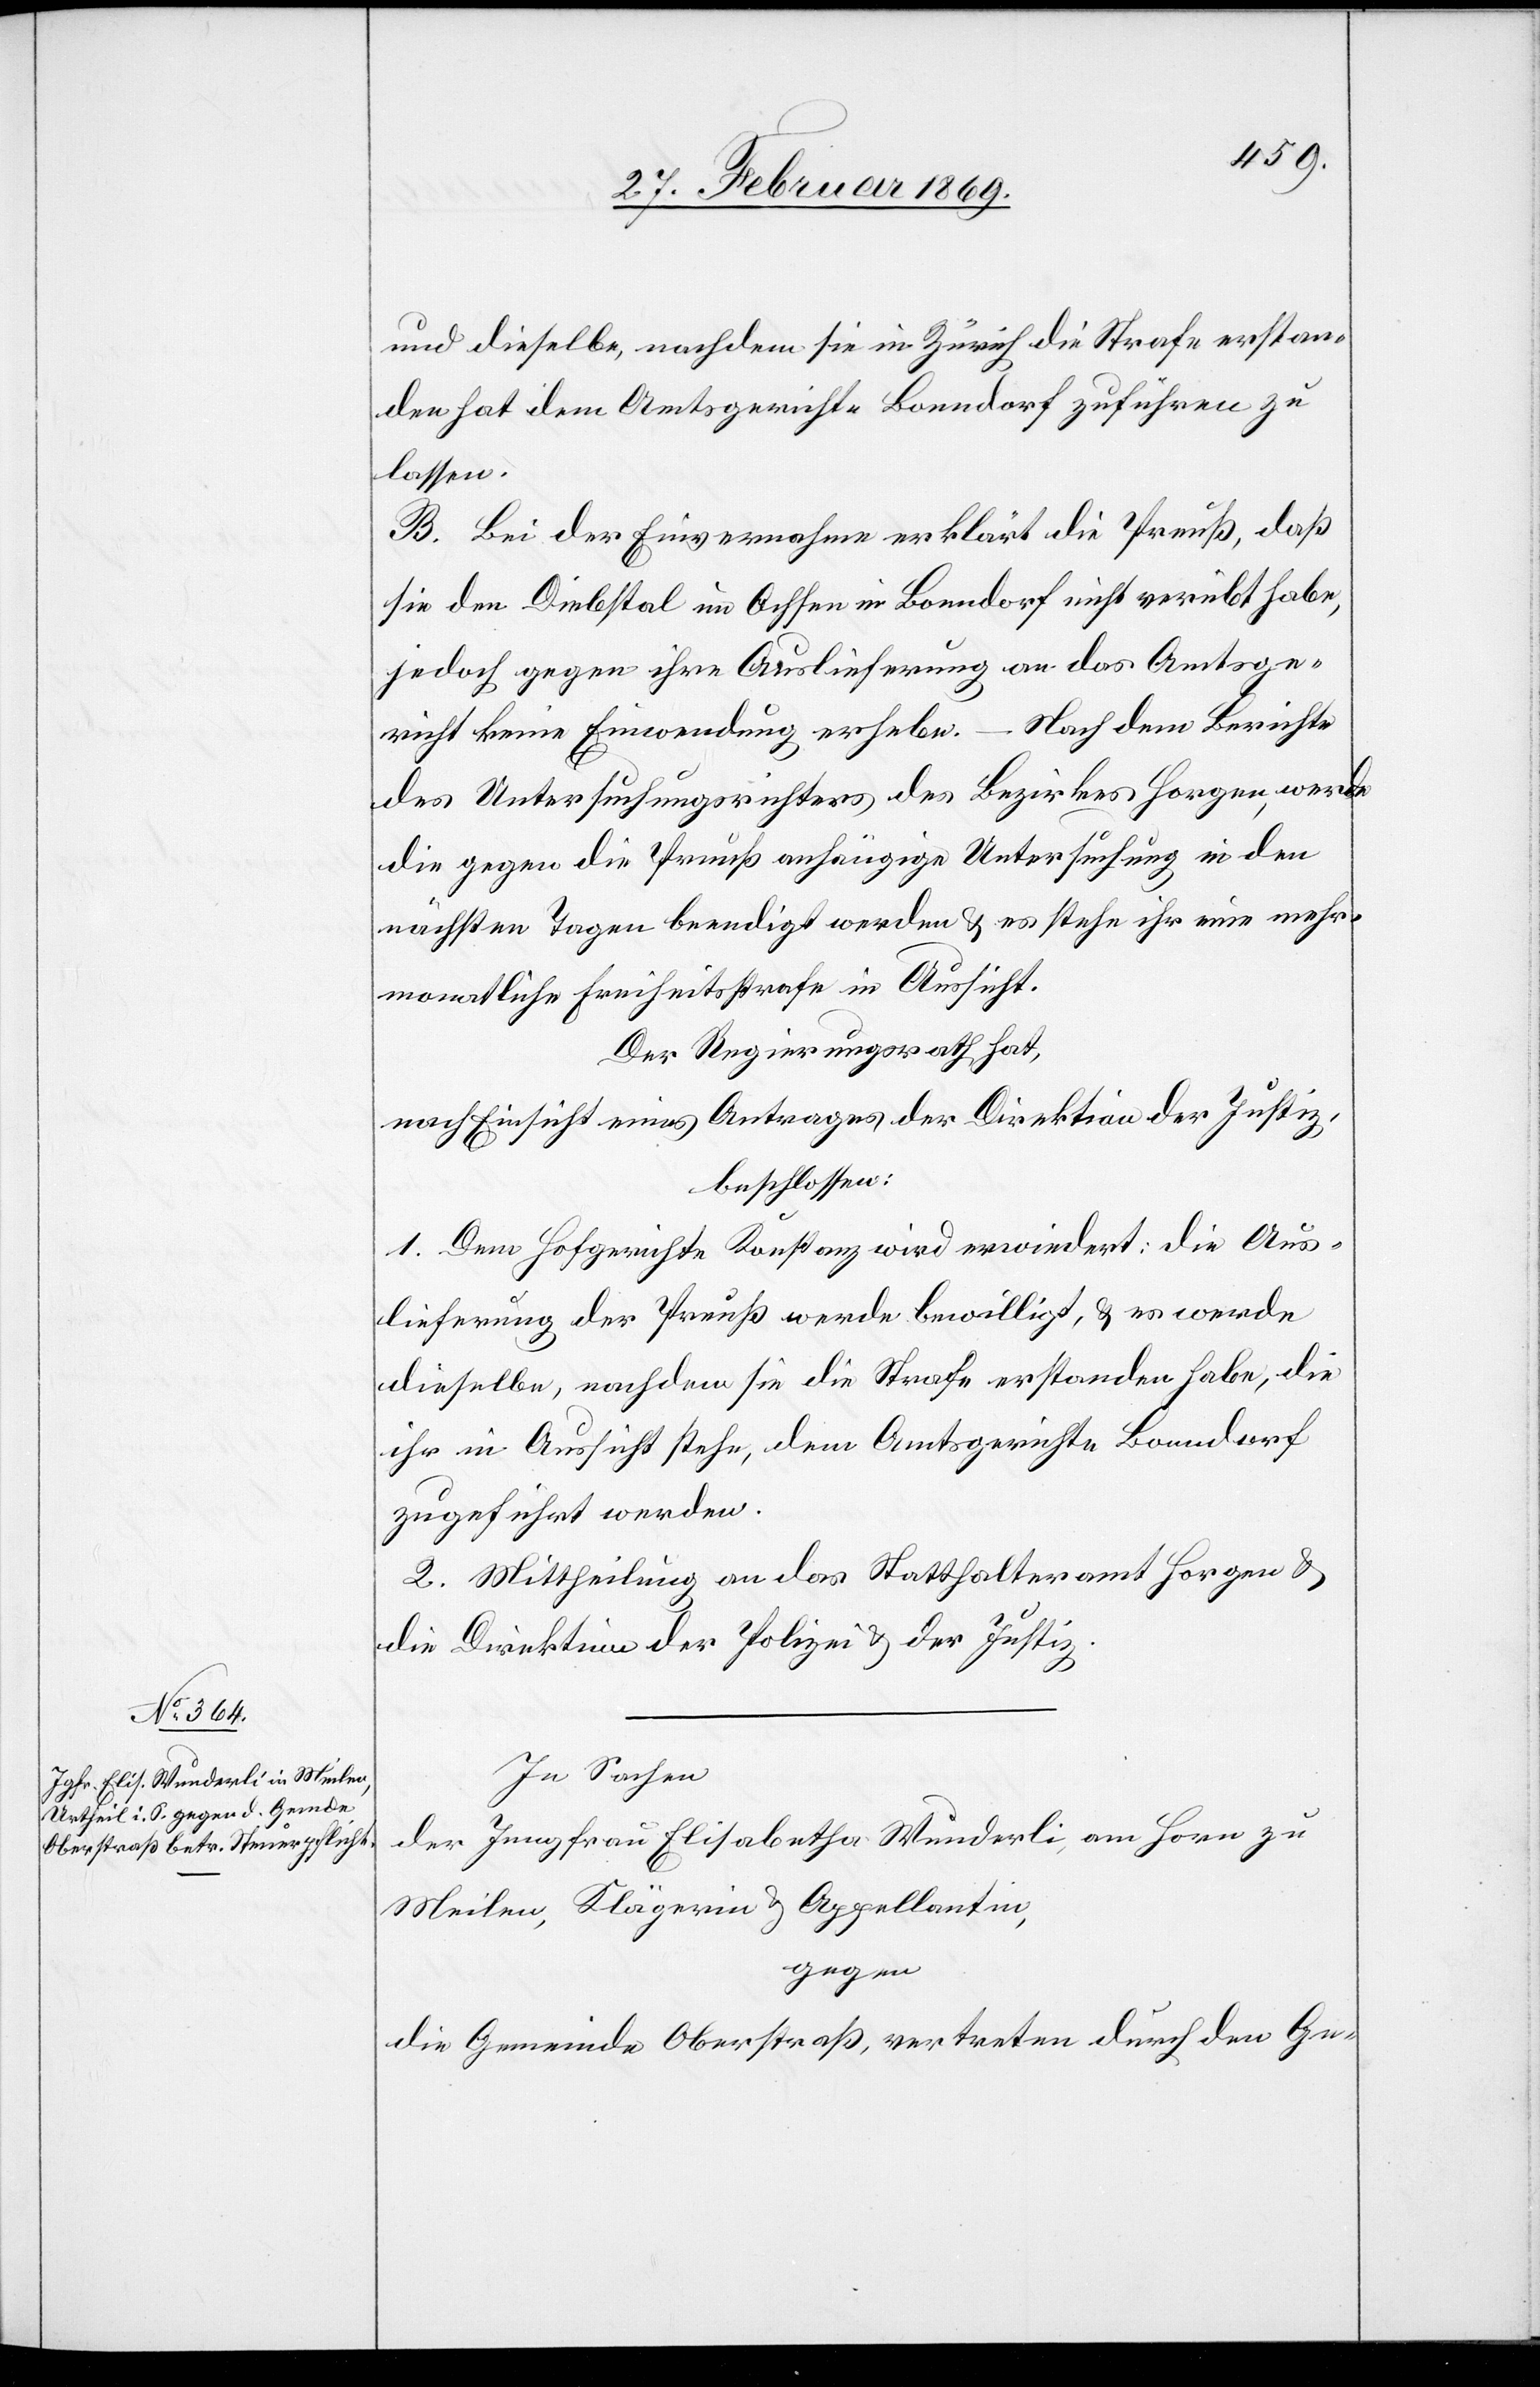
und dieselbe, nachdem sie in Zürich die Strafe erstan¬
den hat dem Amtsgerichte Bonndorf zuführen zu
lassen.
B. Bei der Einvernahme erklärt die Preuß, daß
sie den Diebstal im Ochsen in Bonndorf nicht verübt habe,
jedoch gegen ihre Auslieferung an das Amtsge¬
richt keine Einwendung erhebe. – Nach dem Berichte
des Untersuchungsrichters des Bezirkes Horgen, werde
die gegen die Preuß anhängige Untersuchung in den
nächsten Tagen beendigt werden & es stehe ihr eine mehr¬
monatliche Freiheitsstrafe in Aussicht.
Der Regierungsrath hat,
nach Einsicht eines Antrages der Direktion der Justiz,
beschlossen:
1. Dem Hofgerichte Konstanz wird erwiedert: die Aus¬
lieferung der Preuß werde bewilligt, & es werde
dieselbe, nachdem sie die Strafe erstanden habe, die
ihr in Aussicht stehe, dem Amtsgerichte Bonndorf
zugeführt werden.
2. Mittheilung an das Statthalteramt Horgen &
die Direktion der Polizei & der Justiz.
In Sachen
der Jungfrau Elisabetha Wunderli, am Horn zu
Meilen, Klägerin & Appellantin,
gegen
die Gemeinde Oberstraß, vertreten durch den Ge-